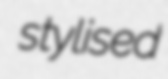
stylised